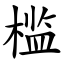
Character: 槛